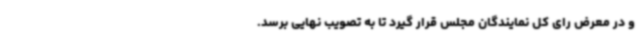
و در معرض رای کل نمایندگان مجلس قرار گیرد تا به تصویب نهایی برسد.